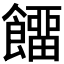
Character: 𩞷